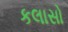
કલાસો